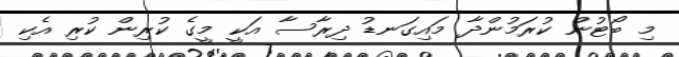
މި ބޯޓުން ކުރަމުންދާ މައިގަނޑު ދިރާސާ އަކީ މީގެ ކުރިން ކުރި އެކި